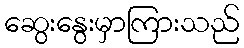
ဆွေးနွေးမှာကြားသည်